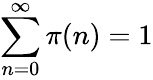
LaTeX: \sum_{n=0}^{\infty}\pi(n)=1